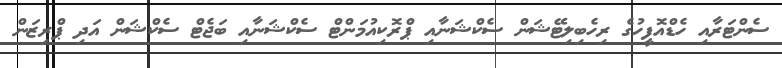
ސެންޓަރާއި ހެޑްއޮފީހުގެ ރިހެބިލިޓޭޝަން ސެކްޝަނާއި ޕްރޮކިއުމަންޓް ސެކްޝަނާއި ބަޖެޓް ސެކްޝަން އަދި ޕްރިޒަން